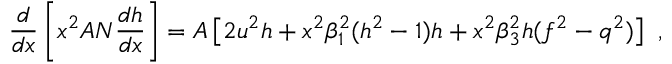
\frac d { d x } \left[ x ^ { 2 } A N \frac { d h } { d x } \right] = A \left[ 2 u ^ { 2 } h + x ^ { 2 } \beta _ { 1 } ^ { 2 } ( h ^ { 2 } - 1 ) h + { x ^ { 2 } \beta _ { 3 } ^ { 2 } } h ( f ^ { 2 } - q ^ { 2 } ) \right] \ ,